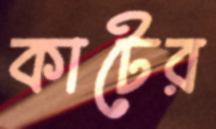
কাটের